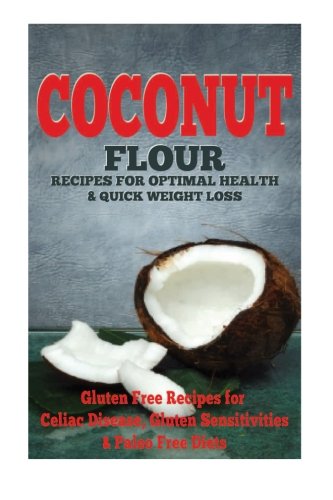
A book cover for The Coconut Flour Recipes for Optimal Health and Quick Weight Loss: Gluten Free Recipes for Celiac Disease, Gluten Sensitivities, and Paleo Diets; Emma Rose; Health, Fitness & Dieting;